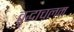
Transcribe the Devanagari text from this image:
वृद्धाचलम